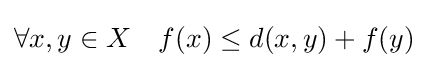
\forall x,y\in X\quad f(x)\leq d(x,y)+f(y)